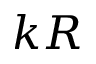
k R